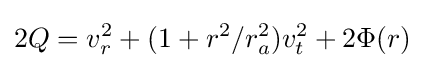
2Q=v_{r}^{2}+(1+r^{2}/r_{a}^{2})v_{t}^{2}+2\Phi (r)